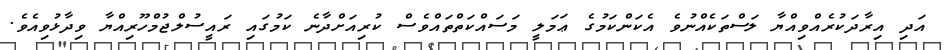
އަދި އިރާދަކުރެއްވިއްޔާ ލަސްތަކެއްނުވެ އެކަންކަމުގެ ޢަމަލީ މަސައްކަތްތައްވެސް ކުރިއަށްދާނެ ކަމުގައި ރައީސުލްޖުމްހޫރިއްޔާ ވިދާޅުވިއެވެ.